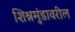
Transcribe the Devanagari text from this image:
शिश्नमुंडावरील